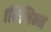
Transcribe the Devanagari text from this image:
।विभिन्न